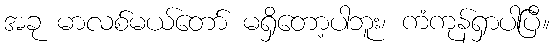
အခု မာလစ်မယ်တော် မရှိတော့ပါဘူး၊ ကံကုန်ရှာပါပြီ။